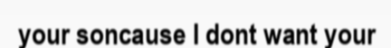
your soncause I dont want your